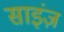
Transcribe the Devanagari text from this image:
साइंज़